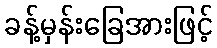
ခန့်မှန်းခြေအားဖြင့်